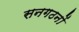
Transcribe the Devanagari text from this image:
सनगठनों